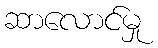
ဆာလောင်မှု